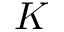
K